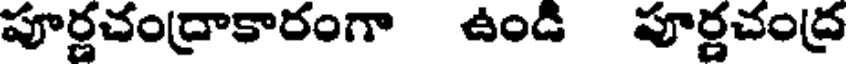
పూర్ణచంద్రాకారంగా ఉండి పూర్ణచంద్ర